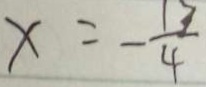
x = - \frac { 1 3 } { 4 }